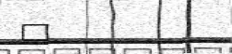
٧